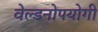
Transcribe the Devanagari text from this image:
वेल्डनोपयोगी